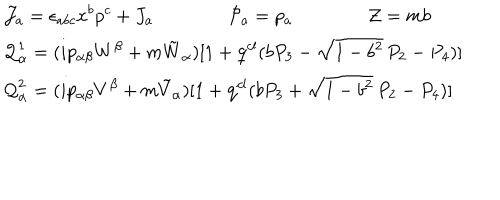
\begin{array} { l } { { \displaystyle { \cal J } _ { a } = \epsilon _ { a b c } x ^ { b } p ^ { c } + J _ { a } \qquad \qquad { \cal P } _ { a } = p _ { a } \qquad \qquad { \cal Z } = m b } } \\ { { \displaystyle { \cal Q } _ { \alpha } ^ { 1 } = ( i p _ { \alpha \beta } W ^ { \beta } + m \tilde { W } _ { \alpha } ) [ 1 + \mathrm { q } ^ { c l } ( b P _ { 3 } - \sqrt { 1 - b ^ { 2 } } \, P _ { 2 } - P _ { 4 } ) ] } } \\ { { \displaystyle { \cal Q } _ { \alpha } ^ { 2 } = ( i p _ { \alpha \beta } V ^ { \beta } + m \tilde { V } _ { \alpha } ) [ 1 + \mathrm { q } ^ { c l } ( b P _ { 3 } + \sqrt { 1 - b ^ { 2 } } \, P _ { 2 } - P _ { 4 } ) ] } } \\ \end{array}